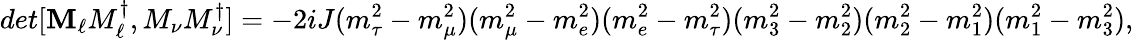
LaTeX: det[{\mathbf M_{\ell}M_{\ell}^{\dagger},M_{\nu}M_{\nu}^{\dagger}}]=-2iJ(m_{\tau}^{2}-m_{\mu}^{2})(m_{\mu}^{2}-m_{e}^{2})(m_{e}^{2}-m_{\tau}^{2})(m_{3}^{2}-m_{2}^{2})(m_{2}^{2}-m_{1}^{2})(m_{1}^{2}-m_{3}^{2}),